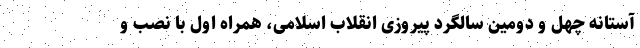
آستانه چهل و دومین سالگرد پیروزی انقلاب اسلامی، همراه اول با نصب و